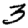
Digit: 3